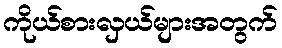
ကိုယ်စားလှယ်များအတွက်